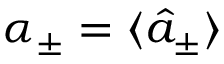
\alpha _ { \pm } = \langle \hat { a } _ { \pm } \rangle